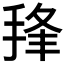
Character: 𰓵